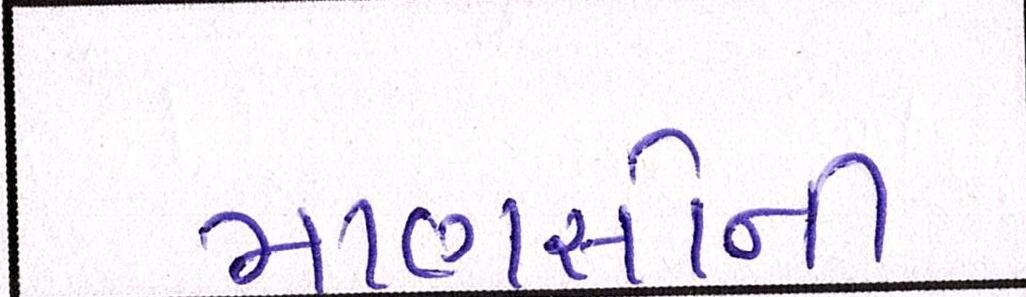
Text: માણસોની